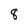
Character: 8